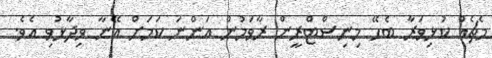
މެޗެއް ކުޅިވަރާ ބެހޭ މިނިސްޓްރީން ރާވަމުން އަންނަ ކަމަށް އޭނާ ވިދާޅުވި އެވެ.